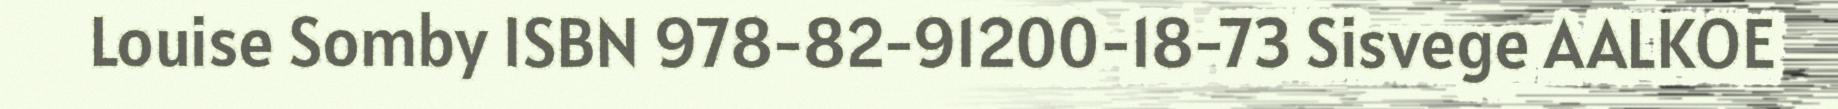
Louise Somby ISBN 978-82-91200-18-73 Sisvege AALKOE